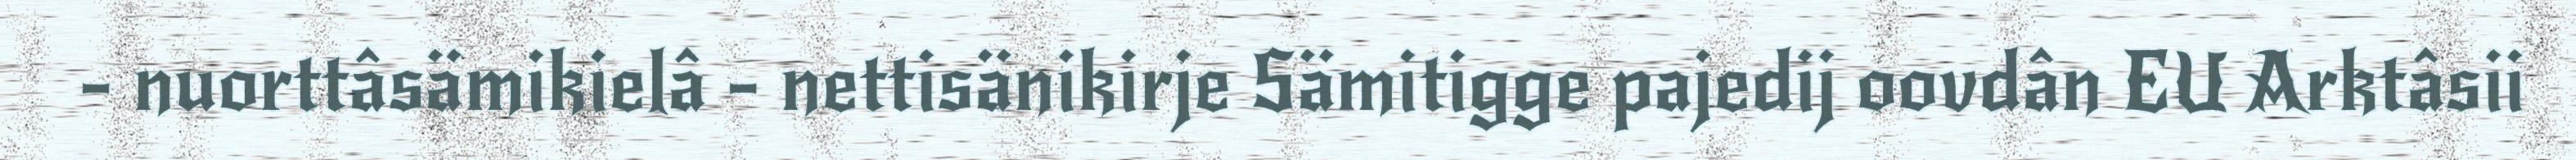
- nuorttâsämikielâ - nettisänikirje Sämitigge pajedij oovdân EU Arktâsii